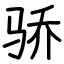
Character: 骄